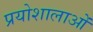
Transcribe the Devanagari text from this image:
प्रयोशालाओं